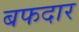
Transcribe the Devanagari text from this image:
बफदार